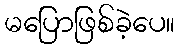
မပြောဖြစ်ခဲ့ပေ။